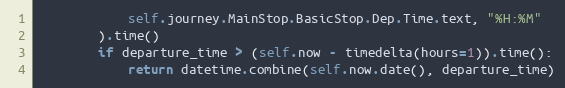
Language: Python
            self.journey.MainStop.BasicStop.Dep.Time.text, "%H:%M"
        ).time()
        if departure_time > (self.now - timedelta(hours=1)).time():
            return datetime.combine(self.now.date(), departure_time)